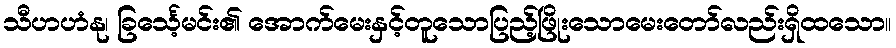
သီဟဟံနု၊ ခြင်္သေ့မင်း၏ အောက်မေးနှင့်တူသောပြည့်ဖြိုးသောမေးတော်လည်းရှိထသော။